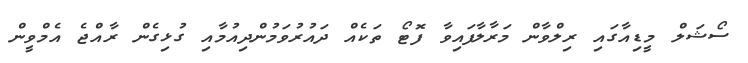
ސޯޝަލް މީޑިއާގައި ރިލްވާން މަރާލާފައިވާ ފޮޓޯ ތަކެއް ދައުރުވަމުންދިއުމާއި ގުޅިގެން ރާއްޖެ އެމްވީން